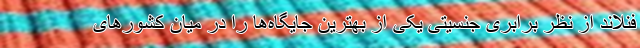
فنلاند از نظر برابری جنسیتی یکی از بهترین جایگاه‌ها را در میان کشورهای